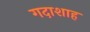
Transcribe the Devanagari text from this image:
गदाशाह